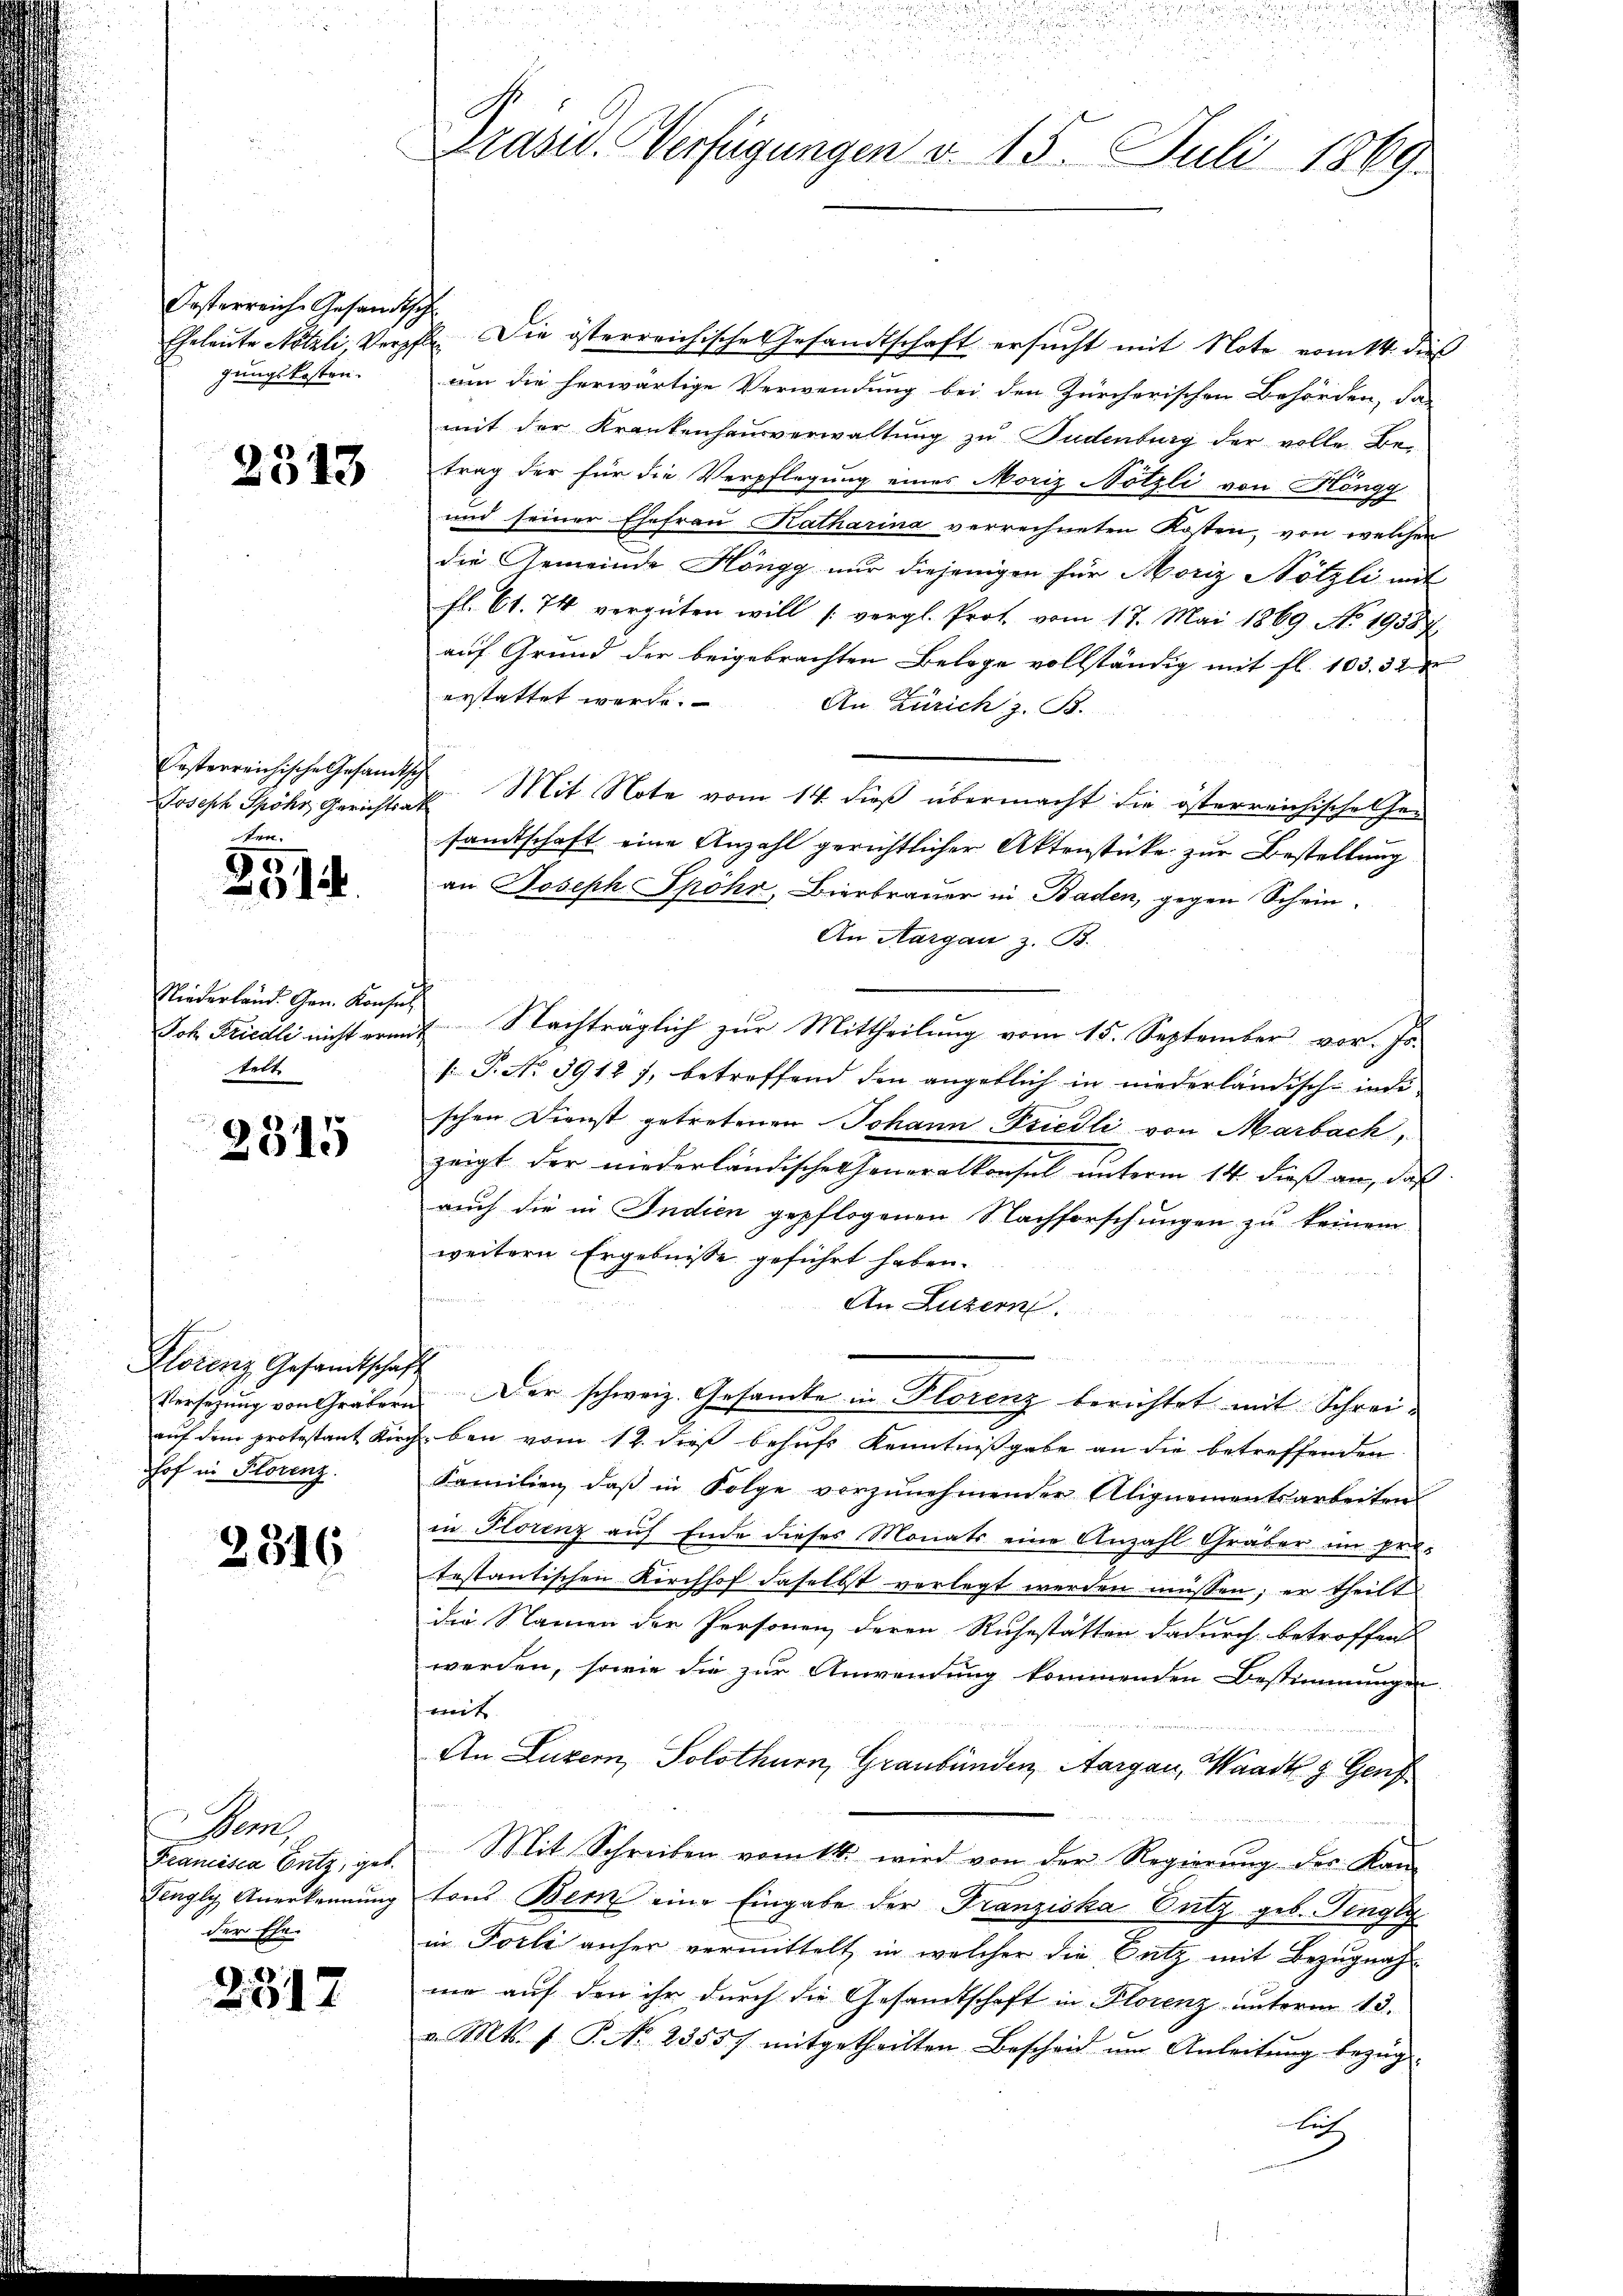
Oesterreiche Gesandtsche
gungskosten.

2313

Ersterreichische Gesandtsch
ten.

2514.

Niederland. Gen. Konsul
Joh. Friedli nicht ermit
telt

9
2015

Klorenz Gesandtschaft
auf dem protestant Kirch
hof in Florenz.

2316

Pen
Francisca Cutz, geb.
Fengly Anerkennung
der Ehe

2317

u
Präsid. Verfügungen v. 15. Juli 1869.

Eheleute Nötzli, Verpfle. Die österreichische Gesandtschaft ersucht mit Note vom 14. dieß
um die herwärtige Verwendung bei den Zürcherischen Behörden, da
mit der Krankenhausverwaltung zu Pudenburg der volle Betrag der für die Verpflegung eines Moriz Nötzli von Höngg
und seiner Ehefrau Katharina verrechneten Kosten, von welchen
die Gemeinde Höngg nur diejenigen für Moriz Nötzli mit
fl. 61. 74 vergüten will (vergl. Prof. vom 17. Mai 1869 No 19587.
auf Grund der beigebrachten Belage vollständig mit fl. 103. 32
erstattet werde.
An Zürich z. B.
Joseph Spöhr, Gerichtes Mit Note vom 14. dieß übermacht die österreichischehesandtschaft eine Anzahl gerichtlicher Aktenstücke zur Bestellung
an Joseph Spöhr, Bierbrauer in Baden, gegen Schein-
An Aargau, z. B.
Nachträglich zur Mittheilung vom 15. September vor. Js.
1. P. No. 3912 7, betreffend den angeblich in niederländisch-inde
schen Dienst getretenen Johann Friedli von Marbach,
zeigt der niederländischer Generalkonsul unterm 14. dieß an, daß
auch die in Indien gepflogenen Nachforschungen zu keinem
weitern Ergebnisse geführt haben.
An Luzern.
Versetzŭng von Gräbern. Der schweiz. Gesamte in Plorenz berichtet mit Schreiben vom 12. dieß behufs Kenntnißgabe an die betreffenden
Familien, daβ in Folge vorzŭnehmender Alignementsarbeiten
in Florenz auf Ende dieses Monats eine Anzahl Gräber im pro-
testantischen Kirchhof daselbst verlegt werden müssen; er theilt
die Namen der Personen deren Ruhestätten dadurch betroffend
werden, sowie die zur Anwendung kommenden Bestimmungen
mit
An Luzern, Solothurn, Graubünden, Aargau, Waadt z. Genf
Mit Schreiben vom 14. wird von der Regierung der Kan
tons Bern eine Eingabe der Franziska Sutz geb. Fingeg
in Forli anher vermittelt in welcher die Satz mit Bezugnahmo auf den ihr durch die Gesandtschaft in Florenz unterm 13.
v. Mts. f. P. Nr. 23557 mitgetheilten Bescheid um Anleitung bezüg
Auf